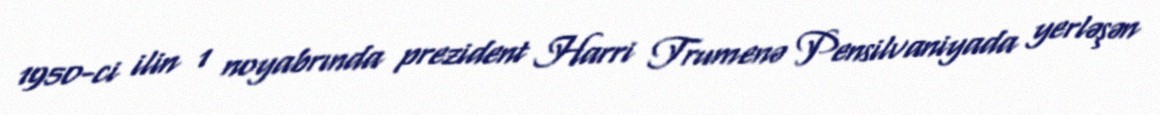
1950-ci ilin 1 noyabrında prezident Harri Trumenə Pensilvaniyada yerləşən